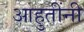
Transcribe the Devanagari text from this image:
आहुतींनी